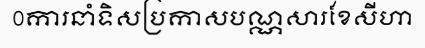
0ការនាំទិសប្រកាសបណ្ណសារខែសីហា